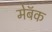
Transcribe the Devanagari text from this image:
मेबॅक